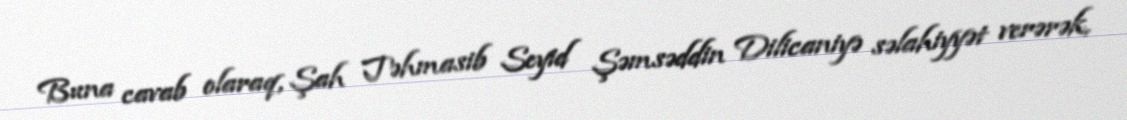
Buna cavab olaraq, Şah Təhmasib Seyid Şəmsəddin Dilicaniyə səlahiyyət verərək,